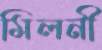
মিলনী